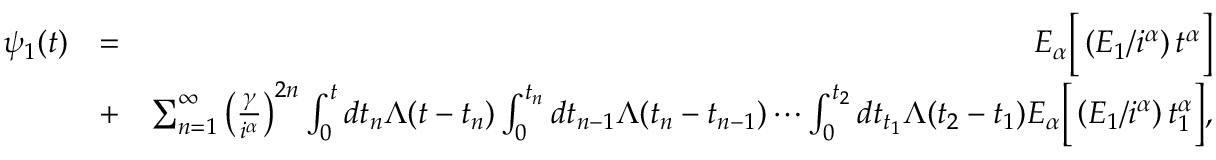
\begin{array} { r l r } { \psi _ { 1 } ( t ) } & { = } & { E _ { \alpha } \bigg [ \left( E _ { 1 } / i ^ { \alpha } \right) t ^ { \alpha } \bigg ] } \\ & { + } & { \sum _ { n = 1 } ^ { \infty } \left( \frac { \gamma } { i ^ { \alpha } } \right) ^ { 2 n } \int _ { 0 } ^ { t } d t _ { n } \Lambda ( t - t _ { n } ) \int _ { 0 } ^ { t _ { n } } d t _ { n - 1 } \Lambda ( t _ { n } - t _ { n - 1 } ) \cdots \int _ { 0 } ^ { t _ { 2 } } d t _ { t _ { 1 } } \Lambda ( t _ { 2 } - t _ { 1 } ) E _ { \alpha } \bigg [ \left( E _ { 1 } / i ^ { \alpha } \right) t _ { 1 } ^ { \alpha } \bigg ] , } \end{array}